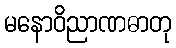
မနောဝိညာဏဓာတု